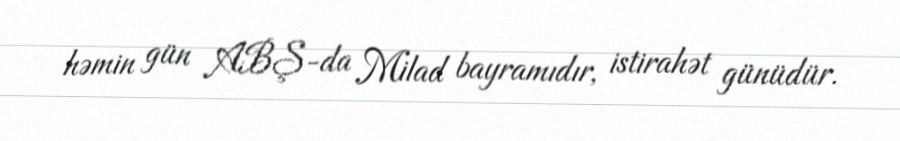
həmin gün ABŞ-da Milad bayramıdır, istirahət günüdür.